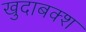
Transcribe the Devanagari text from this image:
खुदाबक्‍श